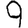
Digit: 9